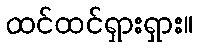
ထင်ထင်ရှားရှား။